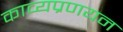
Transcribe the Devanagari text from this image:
काव्यप्रणयन